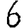
Digit: 6